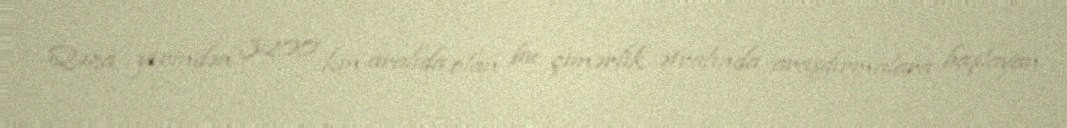
Qəza yerindən 3200 km aralıda olan bu çimərlik ətrafında araşdırmalara başlayan